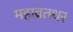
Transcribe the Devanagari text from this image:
महाव्रतधर